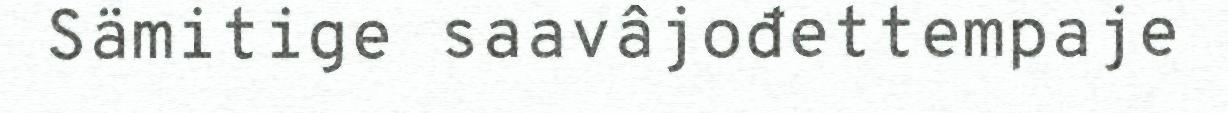
Sämitige saavâjođettempaje